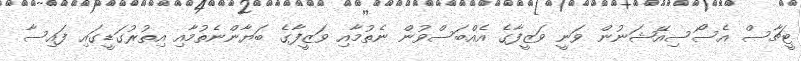
ޓީޗާސް އެސޯސިއޭޝަނުން ވަނީ ވަޒީފާގެ އެއްބަސްވުން ނެތުމާއި ވަޒީފާގެ ބަޔާންނެތުމާއި އިތުރުގަޑީގައި ފައިސާ